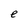
Character: e